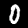
Digit: 0